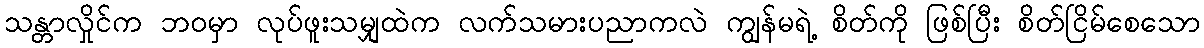
သန္တာလှိုင်က ဘဝမှာ လုပ်ဖူးသမျှထဲက လက်သမားပညာကလဲ ကျွန်မရဲ့ စိတ်ကို ဖြစ်ပြီး စိတ်ငြိမ်စေသော